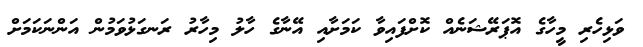
ވަޅިހެރި މީހާގެ އޮޕަރޭޝަނެއް ކޮށްފައިވާ ކަމަށާއި އޭނާގެ ހާލު މިހާރު ރަނގަޅުވަމުން އަންނަކަމަށް